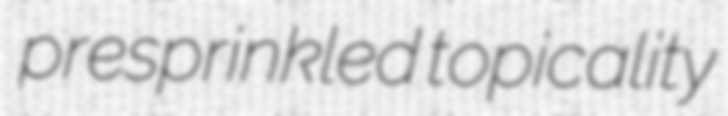
presprinkled topicality